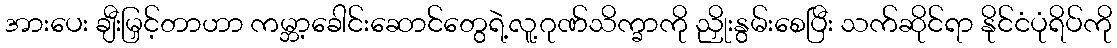
အားပေး ချီးမြှင့်တာဟာ ကမ္ဘာ့ခေါင်းဆောင်တွေရဲ့လူ့ဂုဏ်သိက္ခာကို ညှိုးနွမ်းစေပြီး သက်ဆိုင်ရာ နိုင်ငံပုံရိပ်ကို